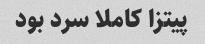
پیتزا کاملا سرد بود